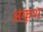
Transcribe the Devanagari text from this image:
अंकूश